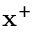
\mathbf { x } ^ { + }